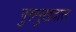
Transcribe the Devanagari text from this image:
गुरुमुखदास